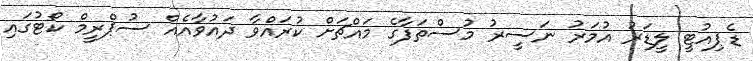
ޑެޕިއުޓީ ލީޑަރު އުމަރު ނަސީރު މުސްތަފާގެ މައްޗަށް ކުރައްވާ ދައުވާއެއް ސުޕްރީމް ކޯޓުގައި